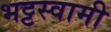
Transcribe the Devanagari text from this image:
भट्टस्वामी